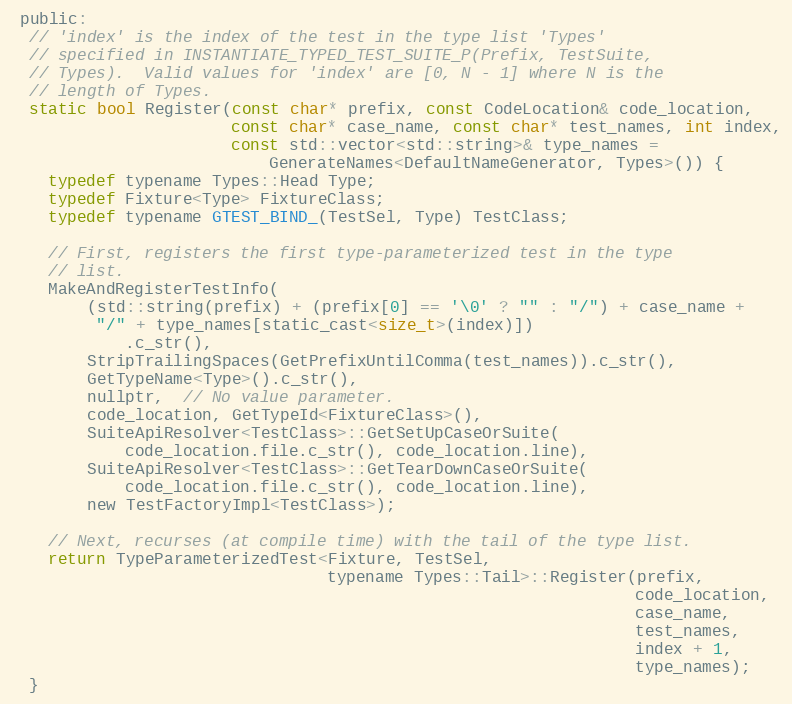
Language: C
 public:
  // 'index' is the index of the test in the type list 'Types'
  // specified in INSTANTIATE_TYPED_TEST_SUITE_P(Prefix, TestSuite,
  // Types).  Valid values for 'index' are [0, N - 1] where N is the
  // length of Types.
  static bool Register(const char* prefix, const CodeLocation& code_location,
                       const char* case_name, const char* test_names, int index,
                       const std::vector<std::string>& type_names =
                           GenerateNames<DefaultNameGenerator, Types>()) {
    typedef typename Types::Head Type;
    typedef Fixture<Type> FixtureClass;
    typedef typename GTEST_BIND_(TestSel, Type) TestClass;

    // First, registers the first type-parameterized test in the type
    // list.
    MakeAndRegisterTestInfo(
        (std::string(prefix) + (prefix[0] == '\0' ? "" : "/") + case_name +
         "/" + type_names[static_cast<size_t>(index)])
            .c_str(),
        StripTrailingSpaces(GetPrefixUntilComma(test_names)).c_str(),
        GetTypeName<Type>().c_str(),
        nullptr,  // No value parameter.
        code_location, GetTypeId<FixtureClass>(),
        SuiteApiResolver<TestClass>::GetSetUpCaseOrSuite(
            code_location.file.c_str(), code_location.line),
        SuiteApiResolver<TestClass>::GetTearDownCaseOrSuite(
            code_location.file.c_str(), code_location.line),
        new TestFactoryImpl<TestClass>);

    // Next, recurses (at compile time) with the tail of the type list.
    return TypeParameterizedTest<Fixture, TestSel,
                                 typename Types::Tail>::Register(prefix,
                                                                 code_location,
                                                                 case_name,
                                                                 test_names,
                                                                 index + 1,
                                                                 type_names);
  }